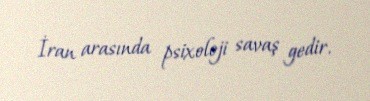
İran arasında psixoloji savaş gedir.